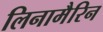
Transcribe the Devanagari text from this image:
लिनामैरिन